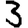
Digit: 3